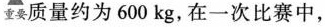
重要质量约为600kg，在一次比赛中，